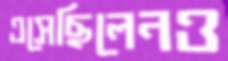
এসেছিলেনও